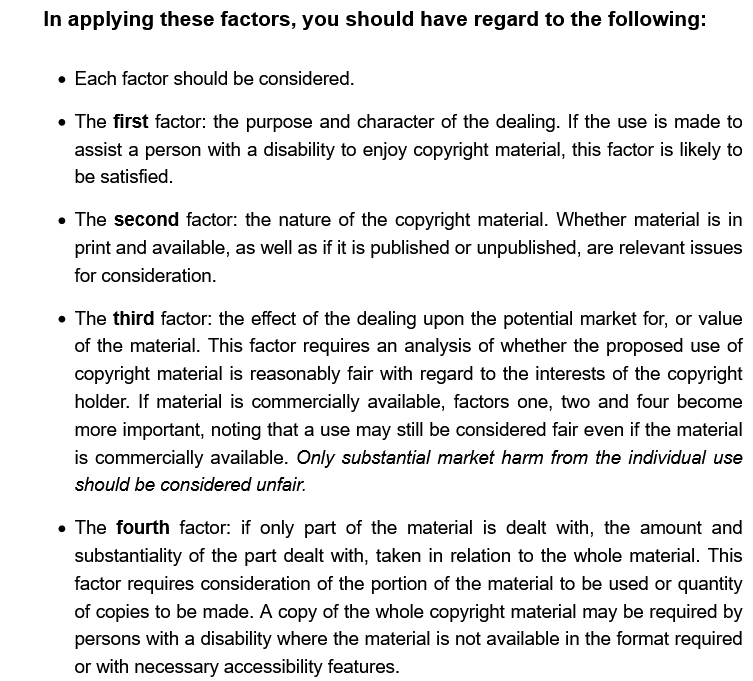
In applying  these  factors, you should   have regard to  the following:
     e Each factor should be considered.
     « The first factor: the purpose and character of the dealing. If the use is made to
     assist a person with a disability to enjoy copyright material, this factor is likely to
     be satisfied.
     » The second factor: the nature of the copyright material. Whether material is in
     print and available, as well as if it is published or unpublished, are relevant issues
     for consideration.
     The third factor: the effect of the dealing upon the potential market for, or value
     of the material. This factor requires an analysis of whether the proposed use of
     copyright material is reasonably fair with regard to the interests of the copyright
     holder. If material is commercially available, factors one, two and four become
     more important, noting that a use may still be considered fair even if the material
     is commercially available. Only substantial market harm from the individual use
     should be considered unfair.
     e The fourth factor: if only part of the material is dealt with, the amount and
     substantiality of the part dealt with, taken in relation to the whole material. This
     factor requires consideration of the portion of the material to be used or quantity
     of copies to be made. A copy of the whole copyright material may be required by
     persons with a disability where the material is not available in the format required
     or with necessary accessibility features.